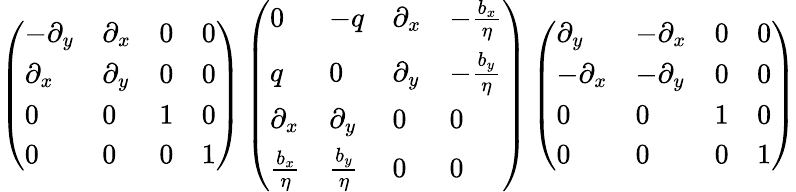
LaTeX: \left(\begin{array}{llll}{-\partial_{y}}&{\partial_{x}}&{0}&{0}\\ {\partial_{x}}&{\partial_{y}}&{0}&{0}\\ {0}&{0}&{1}&{0}\\ {0}&{0}&{0}&{1}\end{array}\right)\left(\begin{array}{llll}{0}&{-q}&{\partial_{x}}&{-\frac{b_{x}}{\eta}}\\ {q}&{0}&{\partial_{y}}&{-\frac{b_{y}}{\eta}}\\ {\partial_{x}}&{\partial_{y}}&{0}&{0}\\ {\frac{b_{x}}{\eta}}&{\frac{b_{y}}{\eta}}&{0}&{0}\end{array}\right)\left(\begin{array}{llll}{\partial_{y}}&{-\partial_{x}}&{0}&{0}\\ {-\partial_{x}}&{-\partial_{y}}&{0}&{0}\\ {0}&{0}&{1}&{0}\\ {0}&{0}&{0}&{1}\end{array}\right)